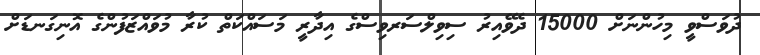
ދުވަސްވީ މިހުންނަށް 15000 ދެވޭއިރު ސިވިލްސަރވިސްގެ އިދާރީ މަސައްކަތް ކުރާ މުވައްޒަފުންގެ އޮނިގަނޑަށް